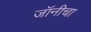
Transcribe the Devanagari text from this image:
जॉनीचा